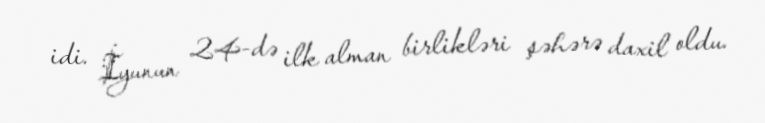
idi. İyunun 24-də ilk alman birlikləri şəhərə daxil oldu.